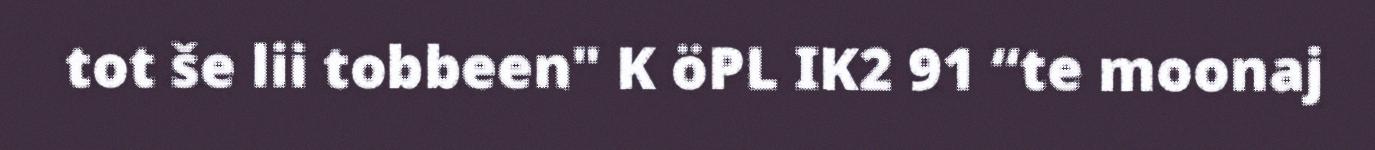
tot še lii tobbeen" K öPL IK2 91 “te moonaj